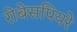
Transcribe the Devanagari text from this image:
रोबेसपियरे